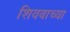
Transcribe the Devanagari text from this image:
शिवबाच्या